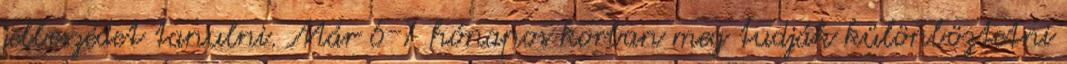
jelbeszédet tanulni. Már 6-7 hónapos korban meg tudják különböztetni